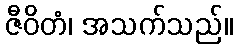
ဇီဝိတံ၊ အသက်သည်။